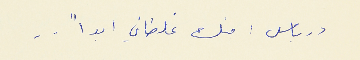
درباس : منك غلطاني ابداً  . .